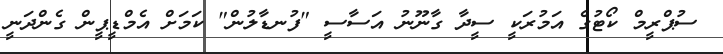
ސުޕްރީމް ކޯޓުގެ އަމުރަކީ ސީދާ ގާނޫނު އަސާސީ "ފުނޑާލުން" ކަމަށް އެމްޑީޕީން ގެންދަނީ